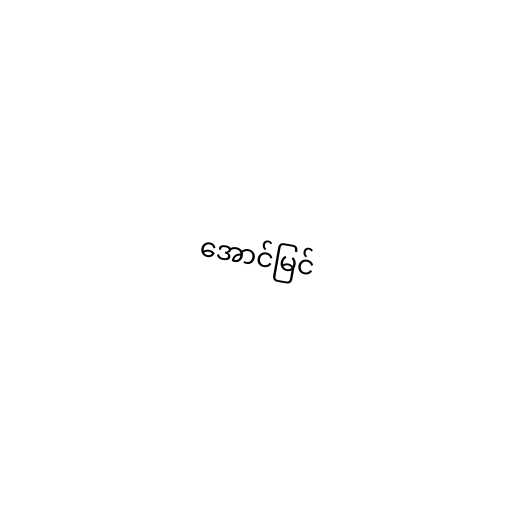
အောင်မြင်